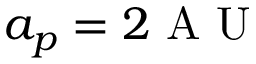
a _ { p } = 2 \mathrm { ~ A ~ U ~ }